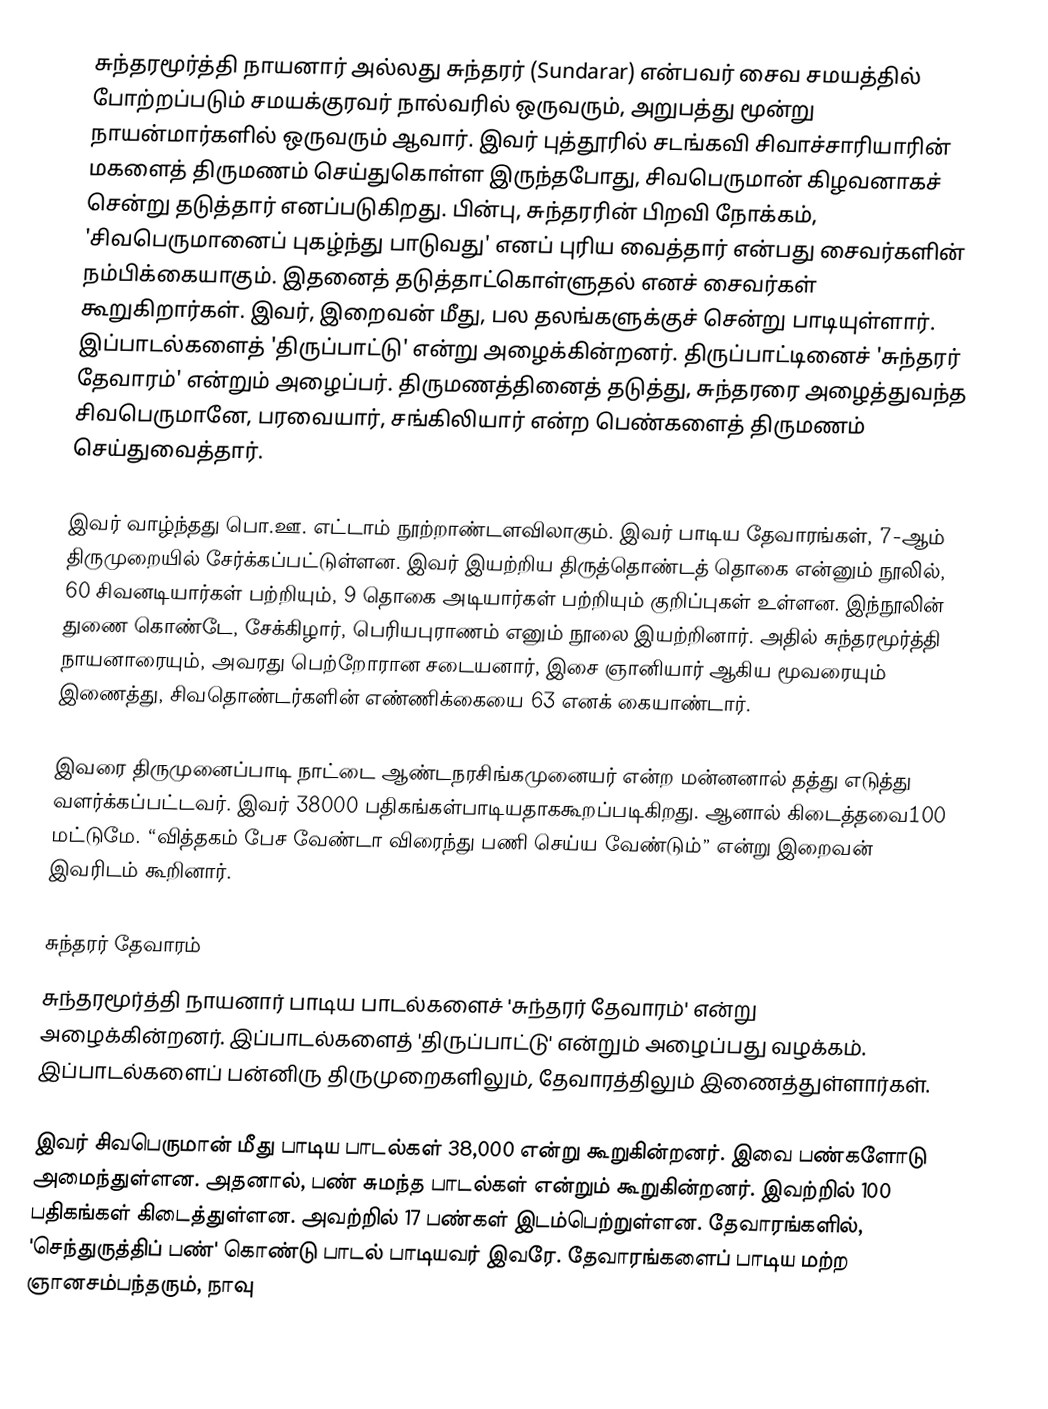
சுந்தரமூர்த்தி நாயனார் அல்லது சுந்தரர் (Sundarar) என்பவர் சைவ சமயத்தில் போற்றப்படும் சமயக்குரவர் நால்வரில் ஒருவரும், அறுபத்து மூன்று நாயன்மார்களில் ஒருவரும் ஆவார். இவர்  புத்தூரில் சடங்கவி சிவாச்சாரியாரின் மகளைத் திருமணம் செய்துகொள்ள இருந்தபோது, சிவபெருமான் கிழவனாகச் சென்று தடுத்தார் எனப்படுகிறது. பின்பு, சுந்தரரின் பிறவி நோக்கம், 'சிவபெருமானைப் புகழ்ந்து பாடுவது' எனப் புரிய வைத்தார் என்பது  சைவர்களின் நம்பிக்கையாகும். இதனைத் தடுத்தாட்கொள்ளுதல் எனச் சைவர்கள் கூறுகிறார்கள். இவர், இறைவன் மீது, பல தலங்களுக்குச் சென்று பாடியுள்ளார். இப்பாடல்களைத் 'திருப்பாட்டு' என்று அழைக்கின்றனர். திருப்பாட்டினைச் 'சுந்தரர் தேவாரம்' என்றும் அழைப்பர். திருமணத்தினைத் தடுத்து, சுந்தரரை அழைத்துவந்த சிவபெருமானே, பரவையார், சங்கிலியார் என்ற பெண்களைத் திருமணம் செய்துவைத்தார்.

இவர் வாழ்ந்தது பொ.ஊ. எட்டாம் நூற்றாண்டளவிலாகும். இவர் பாடிய தேவாரங்கள், 7-ஆம் திருமுறையில் சேர்க்கப்பட்டுள்ளன. இவர் இயற்றிய திருத்தொண்டத் தொகை என்னும் நூலில், 60 சிவனடியார்கள் பற்றியும், 9 தொகை அடியார்கள் பற்றியும் குறிப்புகள் உள்ளன. இந்நூலின் துணை கொண்டே, சேக்கிழார், பெரியபுராணம் எனும் நூலை இயற்றினார். அதில் சுந்தரமூர்த்தி நாயனாரையும், அவரது பெற்றோரான சடையனார், இசை ஞானியார் ஆகிய மூவரையும் இணைத்து, சிவதொண்டர்களின் எண்ணிக்கையை 63 எனக் கையாண்டார்.

இவரை திருமுனைப்பாடி நாட்டை ஆண்டநரசிங்கமுனையர் என்ற மன்னனால் தத்து எடுத்து வளர்க்கப்பட்டவர். இவர் 38000 பதிகங்கள்பாடியதாககூறப்படிகிறது. ஆனால் கிடைத்தவை100 மட்டுமே. “வித்தகம் பேச வேண்டா விரைந்து பணி செய்ய வேண்டும்” என்று இறைவன் இவரிடம் கூறினார்.

சுந்தரர் தேவாரம்
சுந்தரமூர்த்தி நாயனார் பாடிய பாடல்களைச் 'சுந்தரர் தேவாரம்' என்று அழைக்கின்றனர். இப்பாடல்களைத் 'திருப்பாட்டு' என்றும் அழைப்பது வழக்கம். இப்பாடல்களைப் பன்னிரு திருமுறைகளிலும், தேவாரத்திலும் இணைத்துள்ளார்கள்.

இவர் சிவபெருமான் மீது பாடிய பாடல்கள் 38,000 என்று கூறுகின்றனர். இவை பண்களோடு அமைந்துள்ளன. அதனால், பண் சுமந்த பாடல்கள் என்றும் கூறுகின்றனர். இவற்றில் 100 பதிகங்கள் கிடைத்துள்ளன. அவற்றில் 17 பண்கள் இடம்பெற்றுள்ளன. தேவாரங்களில், 'செந்துருத்திப் பண்' கொண்டு பாடல் பாடியவர் இவரே. தேவாரங்களைப் பாடிய மற்ற ஞானசம்பந்தரும், நாவு